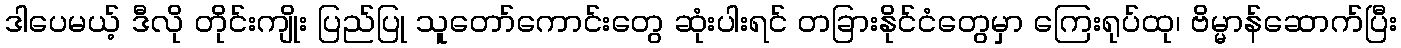
ဒါပေမယ့် ဒီလို တိုင်းကျိုး ပြည်ပြု သူတော်ကောင်းတွေ ဆုံးပါးရင် တခြားနိုင်ငံတွေမှာ ကြေးရုပ်ထု၊ ဗိမ္မာန်ဆောက်ပြီး